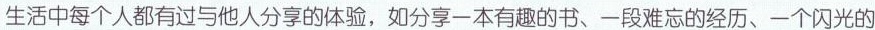
生活中每个人都有过与他人分享的体验，如分享一本有趣的书、一段难忘的经历、一个闪光的